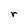
Character: r